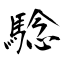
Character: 騐